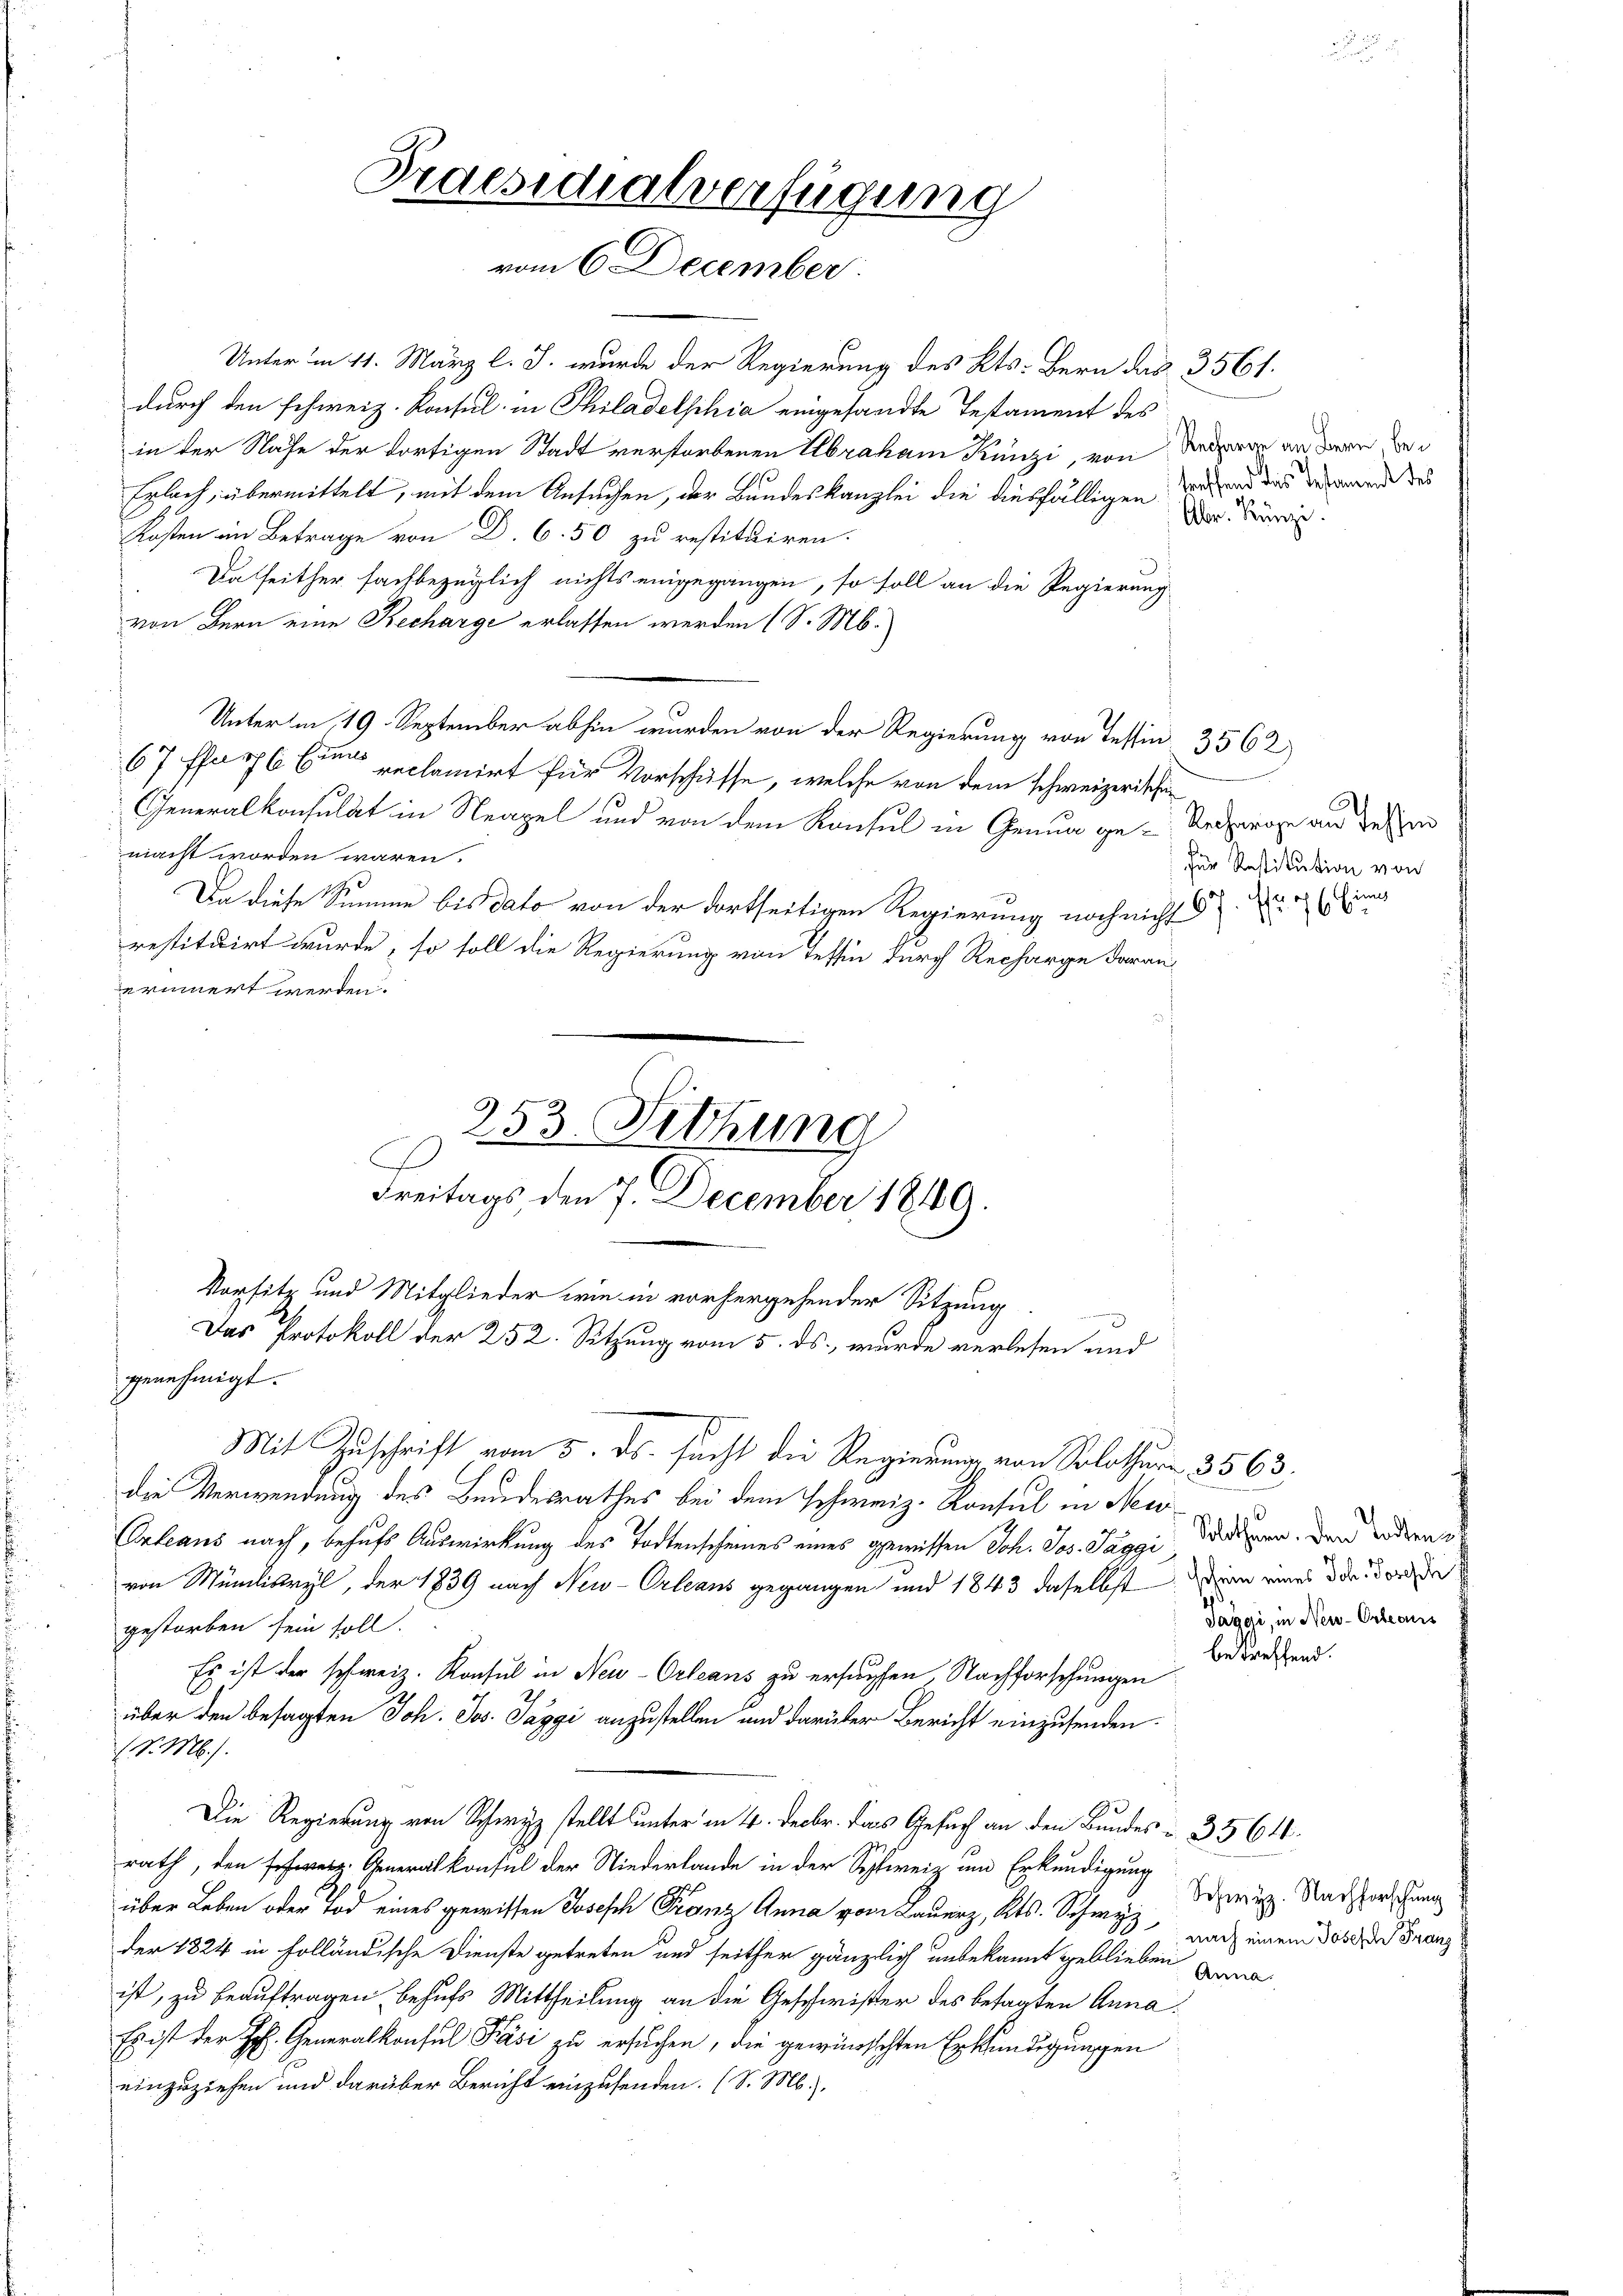
Unter in 11. März l. J. wurde der Regierung des Kts. Bern das 3561.
durch den schweiz. Konsul in Philadelphia eingesandte Testament des
in der Nahe der dortigen Stadt verstorbenen Abraham Künzi, von der an deren de
Erlach, übermittelt, mit dem Ansuchen, der Bundeskanzlei die diesfälligen die
Kosten im Betrage von D. 6.50 zu restituiren.
Daseither sachbezüglich nichts eingegangen, so soll an die Regierung
von Bern eine Recharge erlassen werden (S. M.
Unterm 19. September abhin wurden von der Regierung von Tessin 3562)
67 ffart 6 Eine reclamirt für Vorschüsse, welche von dem schweizerischen
Generalkonsulat in Neapel und von dem Konsul in Genua ge-Reparage an desse
macht worden wären.
Da diese Summe bis dato von der dortseitigen Regierung noch nicht in
restituirt wurde, so soll die Regierung von Tessin durch Recharge darau
erinnert werden.
253. Sitzung
Fr

Praesidialverfügung
vom 6 December.

Vorsitz und Mitglieder wie in vorhergehender Sitzung.
Das Protokoll der 252. Sitzung vom 5. ds., wurde verlesen und

Freitags den 7. December 1849.

Mit Zuschrift vom 5. ds. sucht die Regierung von Solothur 3563.

genehmigt.
die Verwendung des Bundesrathes bei dem Schweiz. Konsul in Neu
Onteaus nach, behufs Auswirkung des Todtenscheines eines gewissen Joh. Jos. Paggi den den odern e
von Mündliswyl, der 1839 nach New-Orleans gegangen und 1843 daselbst dann eines der dor
gestorben sein soll.
Es ist der schweiz. Konsul in Neu-Orleans zu ersuchen, Nachforschungen
über den besagten Joh. Jos. Paggi anzustellen und darüber Bericht einzusenden.
(v. M.).
Die Regierung von Schwyz stellt unter in 4. Decbr. das Gesuch an den Bundes u. 3564.
rath, den schweiz. Generalkonsul der Niederlande in der Schweiz um Erkundigung
über Leben oder Tod eines gewissen se
der 1824 in holländische Dienste getreten und seither gänzlich unbekannt geblieben zwa
ist, zu beauftragen behufs Mittheilung an die Geschwister des besagten Anna¬
Es ist der H. Generalkonsul Fäsi zu ersuchen, die gewünschten Erkundigungen
einzuziehen und darüber Bericht einzusenden. (S. M.),

treffend das bestament des

für Restitution von

Paggi, in Neu-Orleans

betreffend.

Schwyz. Nachforschung
nach einem Josef Franz